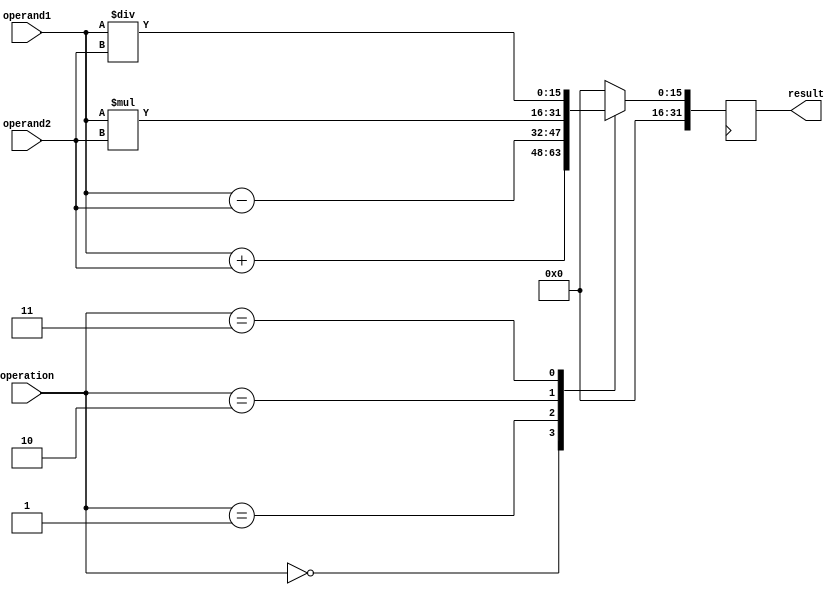
module fixed_point_unit (
    input wire [15:0] operand1,
    input wire [15:0] operand2,
    input wire [2:0] operation, // 0: addition, 1: subtraction, 2: multiplication, 3: division
    output reg [31:0] result
);

reg [15:0] temp_result;

always @(*) begin
    case(operation)
        0: temp_result = operand1 + operand2; // addition
        1: temp_result = operand1 - operand2; // subtraction
        2: temp_result = operand1 * operand2; // multiplication
        3: temp_result = operand1 / operand2; // division
        default: temp_result = 16'd0;
    endcase
end

always @(posedge clk) begin
    result <= {16'd0, temp_result}; // handling floating-point numbers
end

endmodule